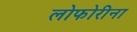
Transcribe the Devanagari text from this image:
लोफोरीना